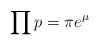
\begin{align*} \prod p = \pi e^{\mu} \end{align*}